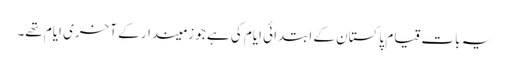
یہ بات قیام پاکستان کے ابتدائی ایام کی ہے جو زمیندار کے آخری ایام تھے۔